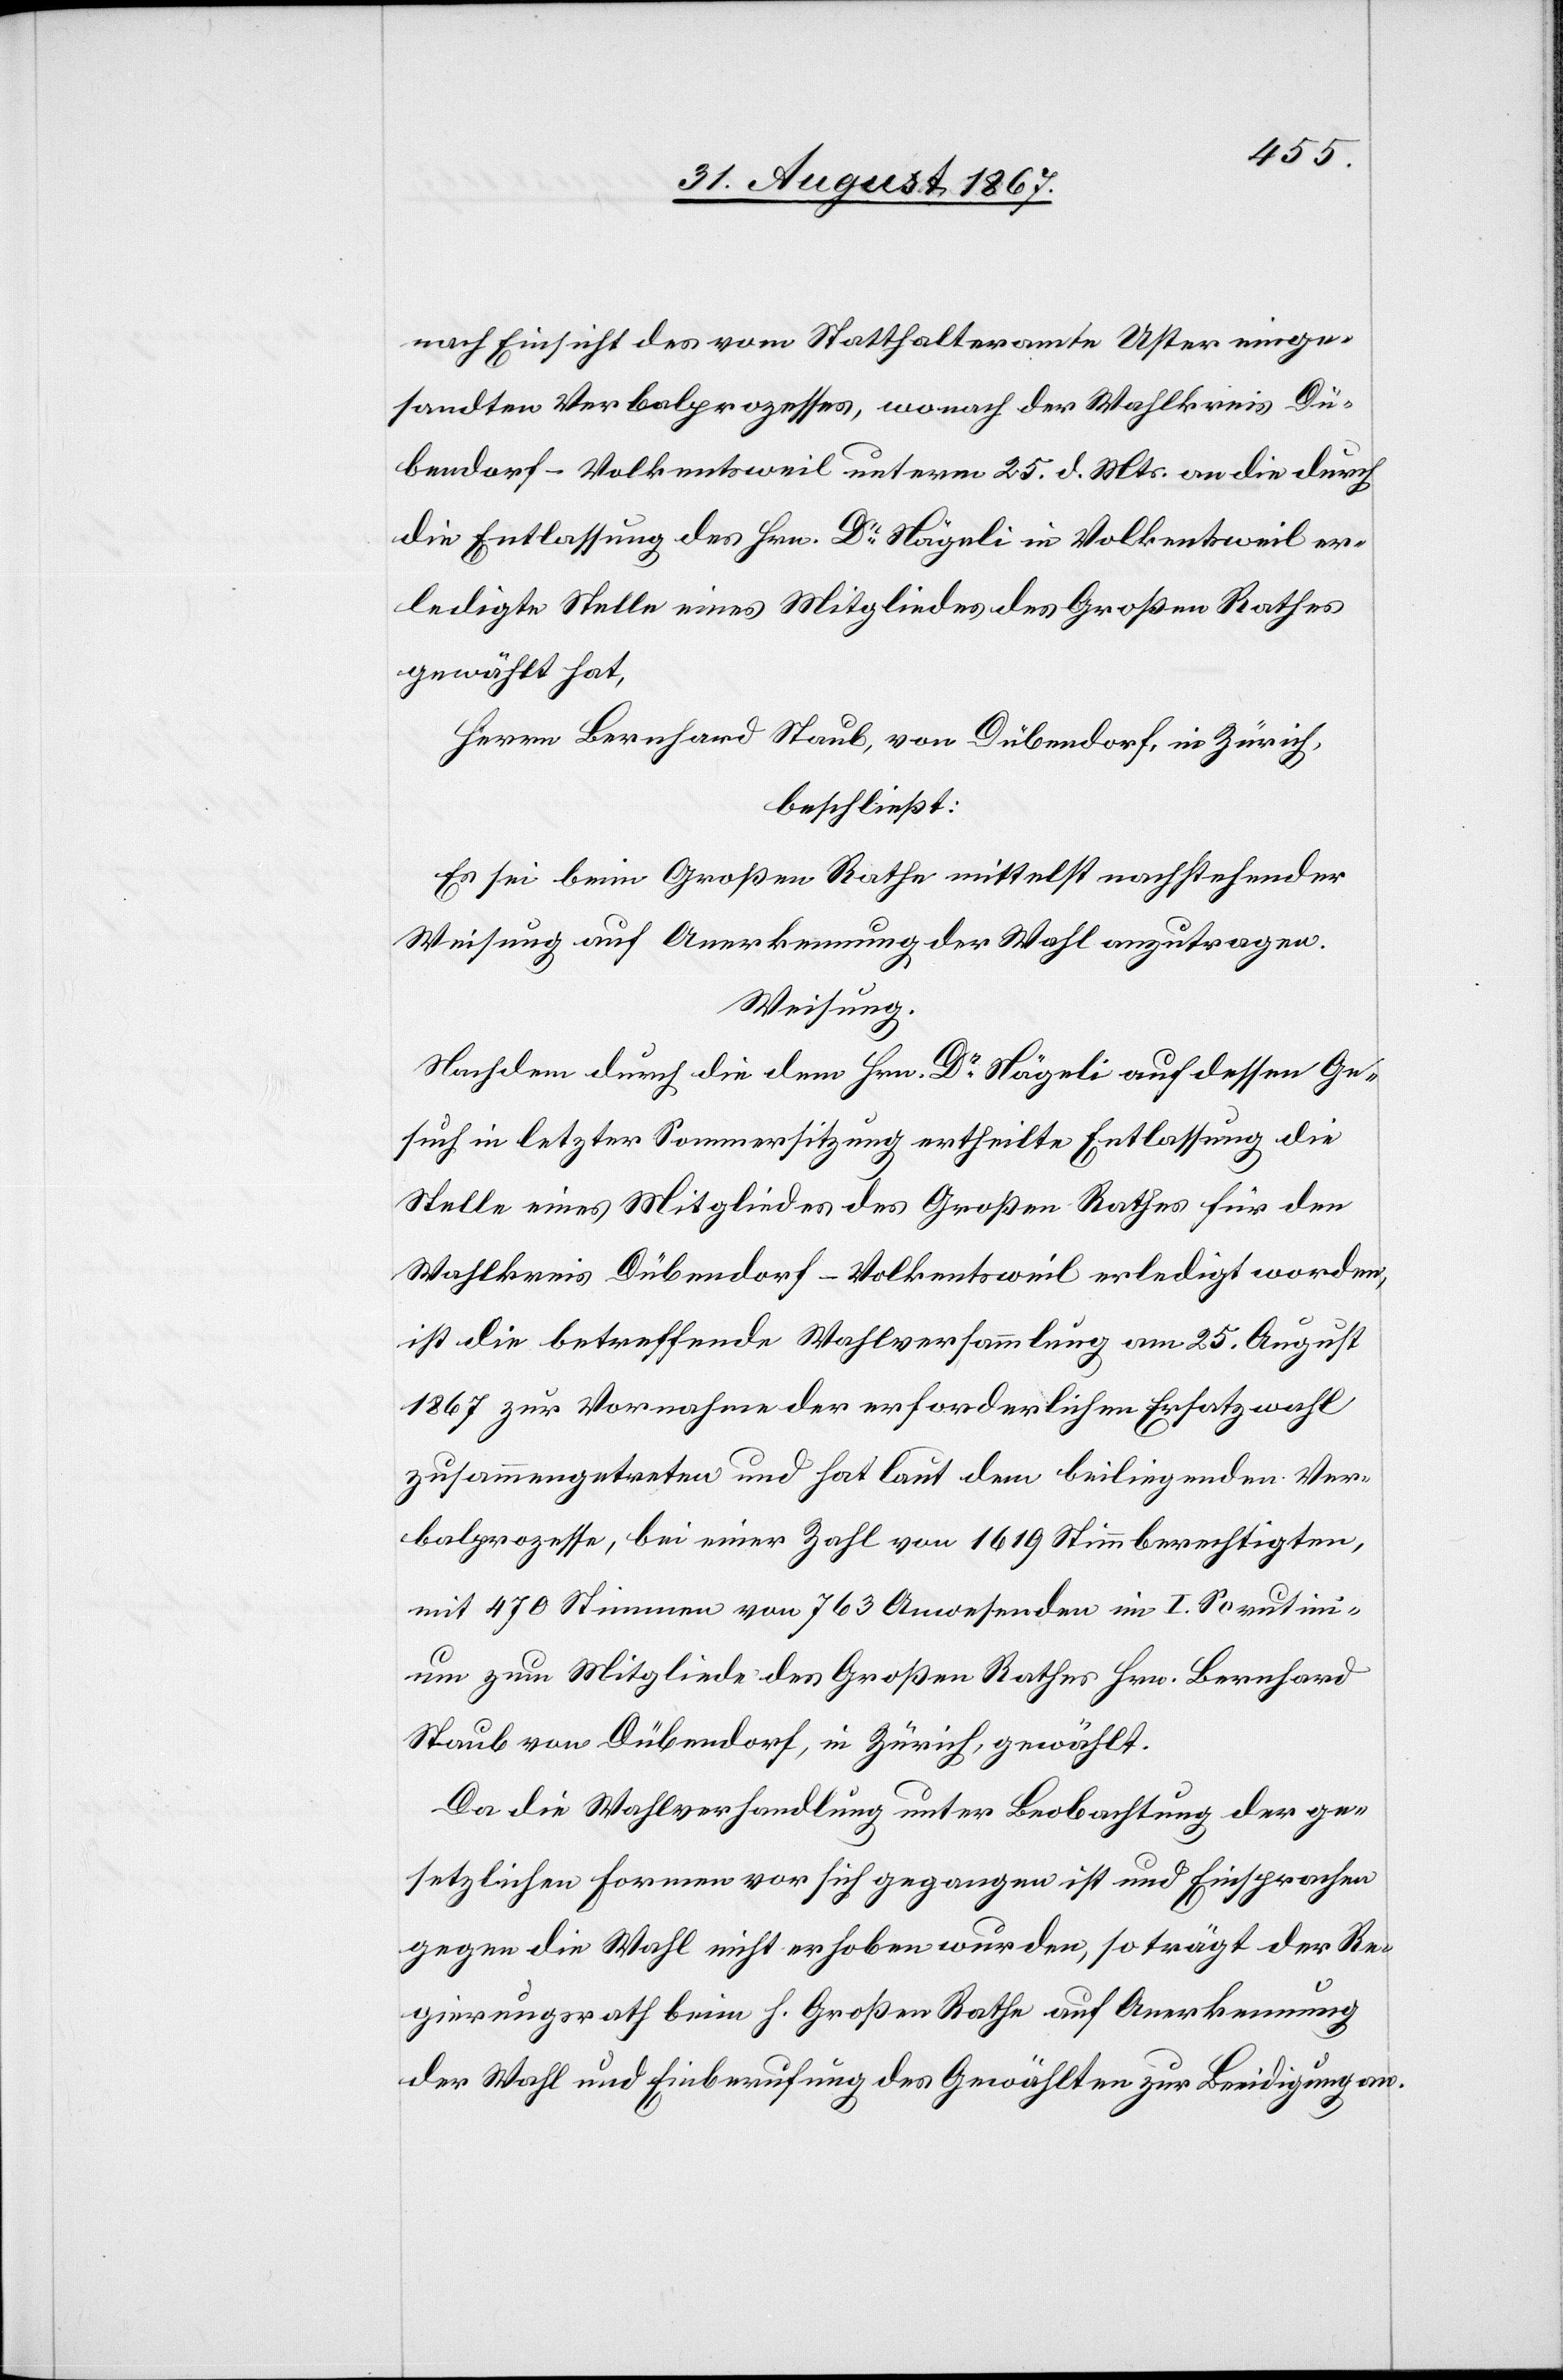
nach Einsicht des vom Statthalteramte Uster einge¬
sandten Verbalprozesses, wonach der Wahlkreis Dü¬
bendorf-Volkentsweil unterm 25. d. Mts. an die durch
die Entlassung des Hrn. Dr. Nägeli in Volkentsweil er¬
ledigte Stelle eines Mitgliedes des Großen Rathes
gewählt hat,
Herrn Bernhard Staub, von Dübendorf, in Zürich,
beschließt:
Es sei beim Großen Rathe mittelst nachstehender
Weisung auf Anerkennung der Wahl anzutragen:
Weisung.
Nachdem durch die dem Hrn. Dr. Nägeli auf dessen Ge¬
such in letzter Sommersitzung ertheilte Entlassung die
Stelle eines Mitgliedes des Großen Rathes für den
Wahlkreis Dübendorf-Volkentsweil erledigt worden,
ist die betreffende Wahlversammlung am 25. August
1867 zur Vornahme der erforderlichen Ersatzwahl
zusammengetreten und hat laut dem beiliegenden Ver¬
balprozesse, bei einer Zahl von 1619 Stimmberechtigten,
mit 470 Stimmen von 764 Anwesenden im I. Scrutini¬
um zum Mitgliede des Großen Rathes Hrn. Bernhard
Staub von Dübendorf, in Zürich, gewählt.
Da die Wahlverhandlung unter Beobachtung der ge¬
setzlichen Formen vor sich gegangen ist und Einsprachen
gegen die Wahl nicht erhoben wurden, so trägt der Re¬
gierungsrath beim h. Großen Rathe auf Anerkennung
der Wahl und Einberufung des Gewählten zur Beeidigung an.